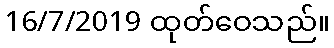
16/7/2019 ထုတ်ဝေသည်။